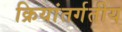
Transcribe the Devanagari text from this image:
क्रियांतर्गतीय